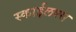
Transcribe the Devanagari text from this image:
स्काईलक्स